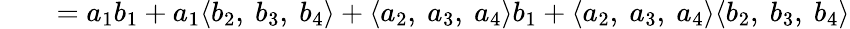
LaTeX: \qquad=a_{1}b_{1}+a_{1}\langle b_{2},\ b_{3},\ b_{4}\rangle+\langle a_{2},\ a_{3},\ a_{4}\rangle b_{1}+\langle a_{2},\ a_{3},\ a_{4}\rangle\langle b_{2},\ b_{3},\ b_{4}\rangle